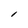
Character: l